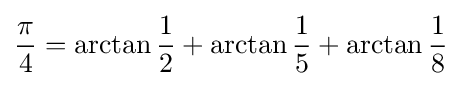
{\frac {\pi }{4}}=\arctan {\frac {1}{2}}+\arctan {\frac {1}{5}}+\arctan {\frac {1}{8}}